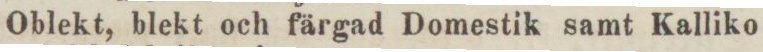
Oblekt, blekt och färgad Domestik samt Kalliko